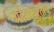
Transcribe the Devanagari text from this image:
प्रदेशापुरतीच